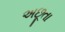
અછૂતા